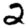
Digit: 2